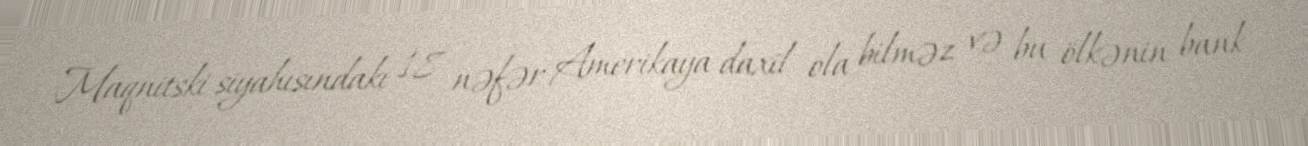
Maqnitski siyahısındakı 18 nəfər Amerikaya daxil ola bilməz və bu ölkənin bank